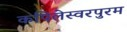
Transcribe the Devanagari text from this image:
कपिलेस्वरपुरम